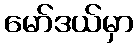
မော်ဒယ်မှာ